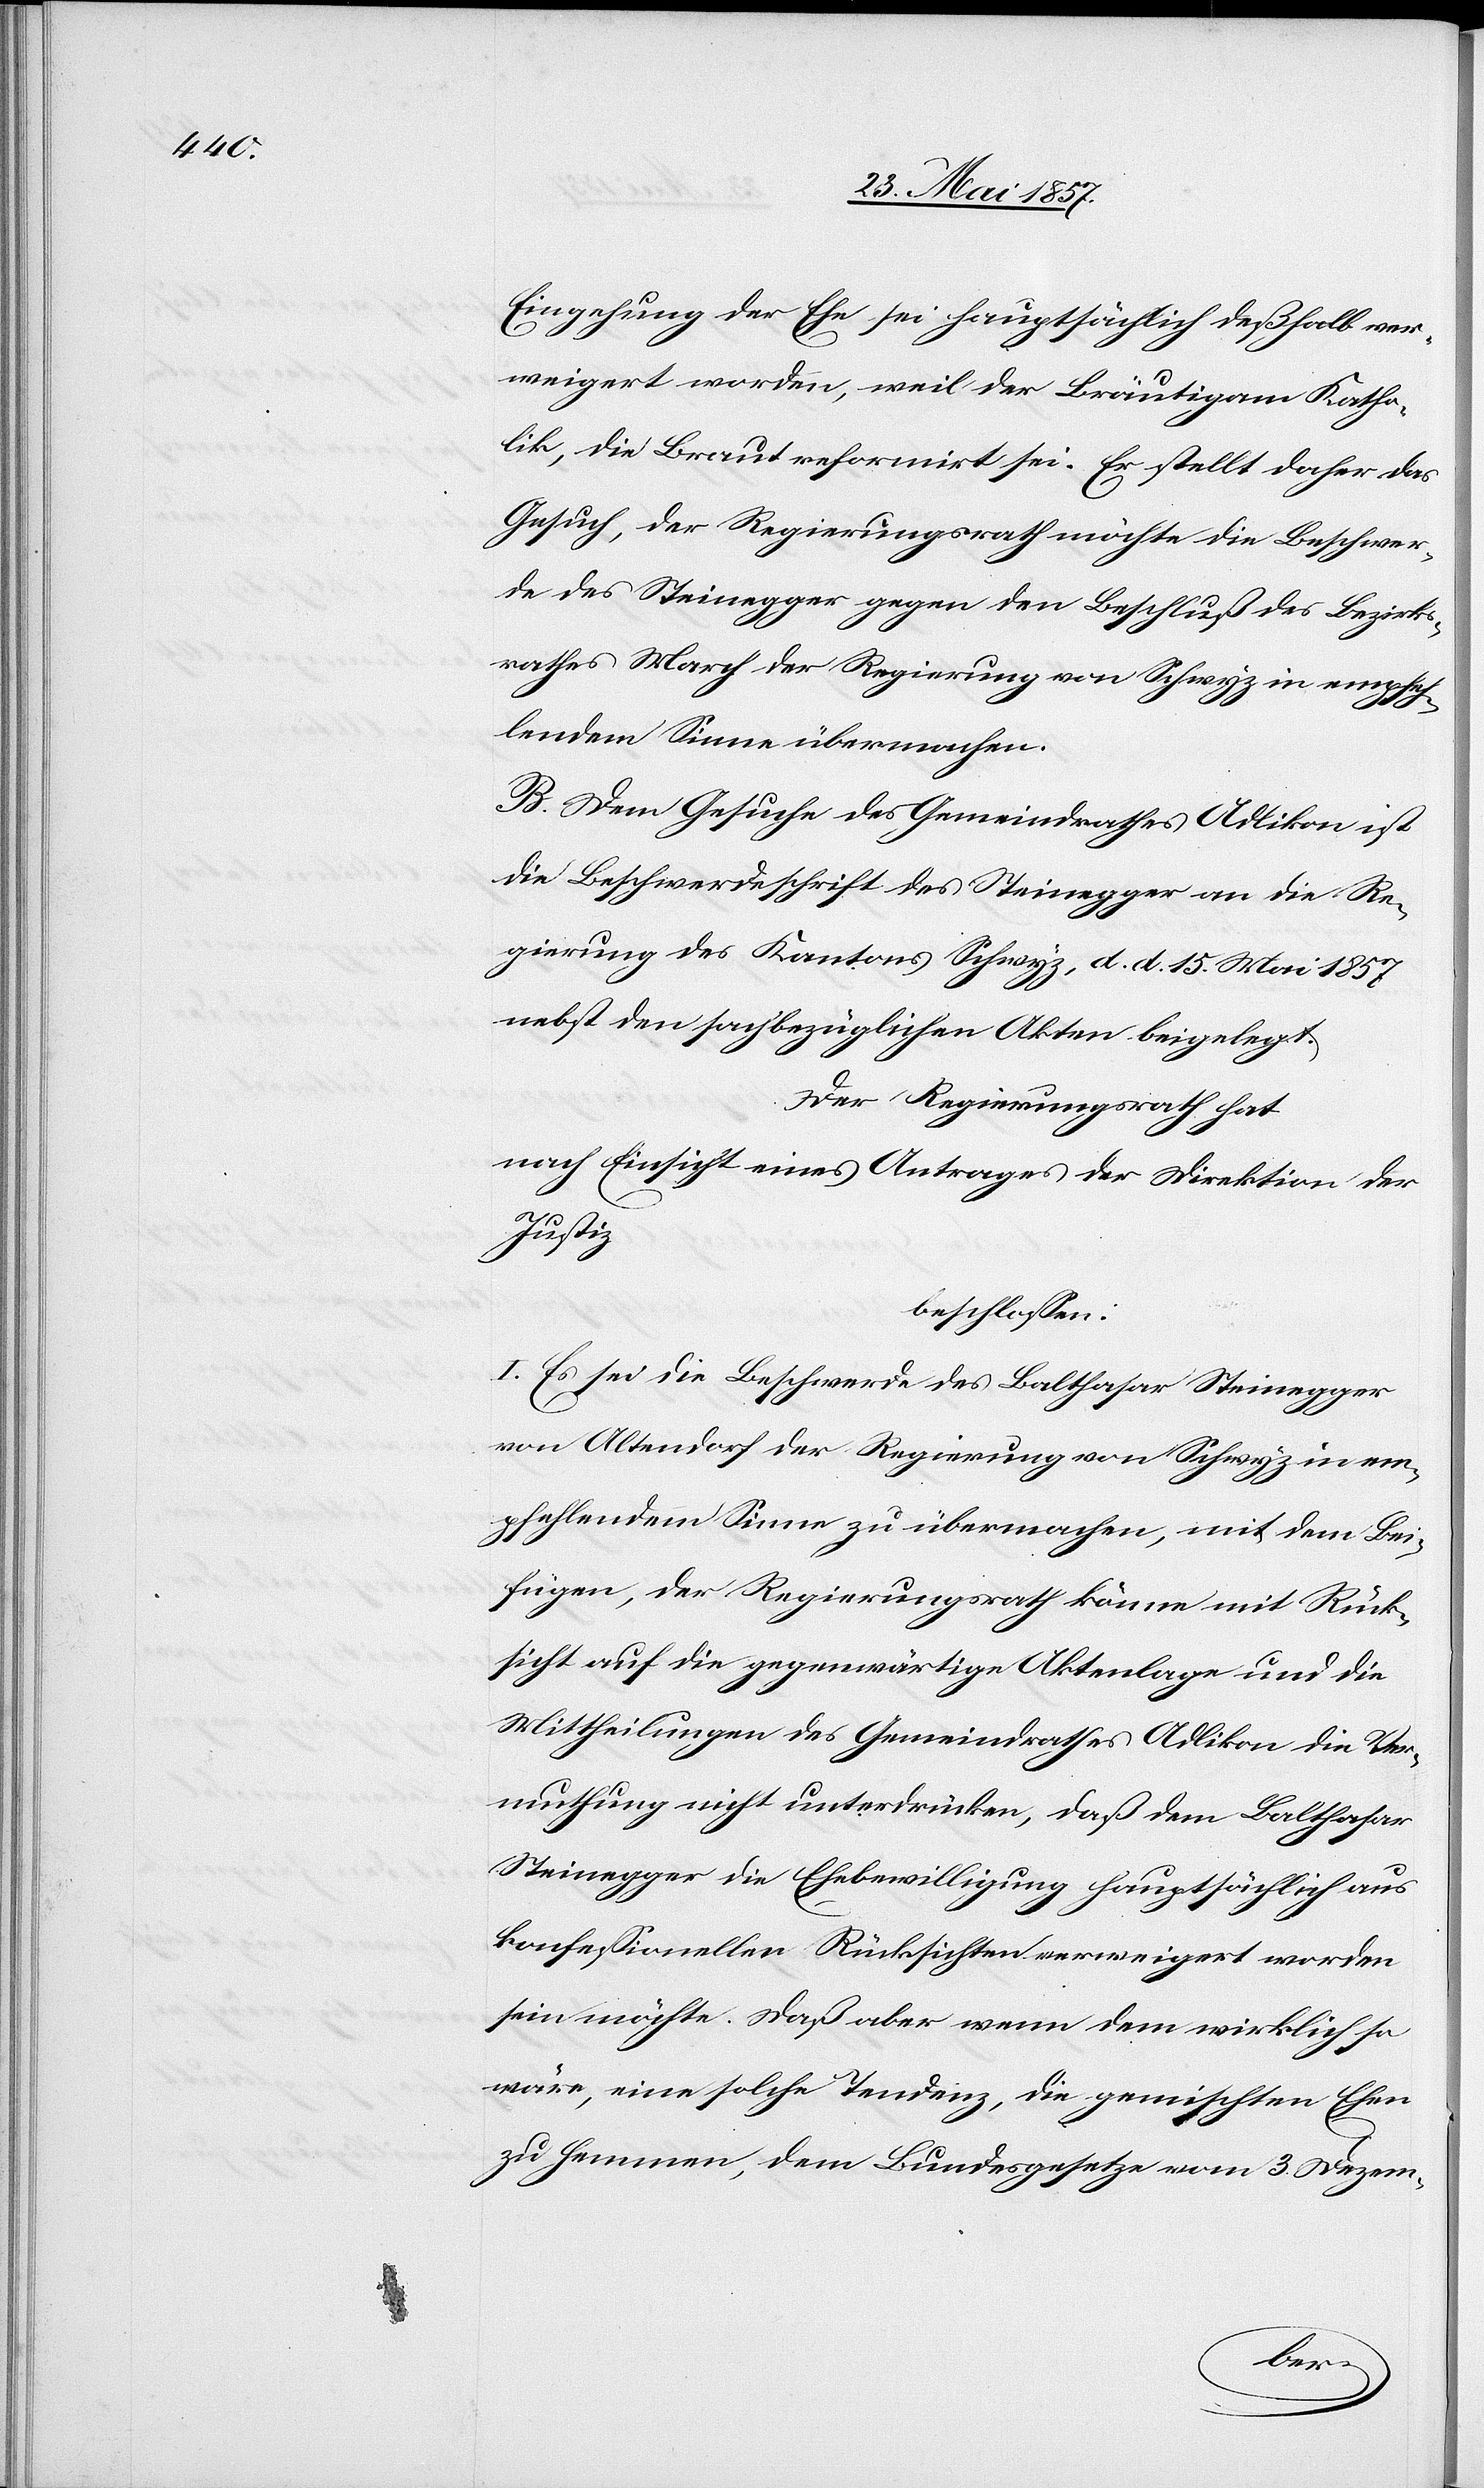
Eingehung der Ehe sei hauptsächlich deßhalb ver¬
weigert worden, weil der Bräutigam Katho¬
lik, die Braut reformirt sei. Er stellt daher das
Gesuch, der Regierungsrath möchte die Beschwer¬
de des Steinegger gegen den Beschluß des Bezirks¬
rathes March der Regierung von Schwyz in empfeh¬
lendem Sinne übermachen.
B. Dem Gesuche des Gemeindrathes Adlikon ist
die Beschwerdeschrift des Steinegger an die Re¬
gierung des Kantons Schwyz, d. d. 15 Mai 1857
nebst den sachbezüglichen Akten beigelegt.
Der Regierungsrath hat
nach Einsicht eines Antrages der Direktion der
Justiz,
beschlossen:
I. Es sei die Beschwerde des Balthasar Steinegger
von Altendorf der Regierung von Schwyz in em¬
pfehlendem Sinne zu übermachen, mit dem Bei¬
fügen, der Regierungsrath könne mit Rück¬
sicht auf die gegenwärtige Aktenlage und die
Mittheilungen des Gemeindrathes Adlikon die Ver¬
muthung nicht unterdrücken, daß dem Balthasar
Steinegger die Ehebewilligung hauptsächlich aus
konfessionellen Rücksichten verweigert worden
sein möchte. Daß aber wenn dem wirklich so
wäre, eine solche Tendenz, die gemischten Ehen
zu hemmen, dem Bundesgesetze vom 3 Dezem-